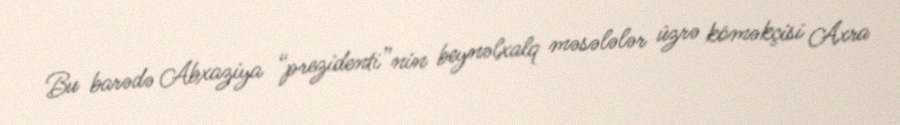
Bu barədə Abxaziya “prezidenti”nin beynəlxalq məsələlər üzrə köməkçisi Axra